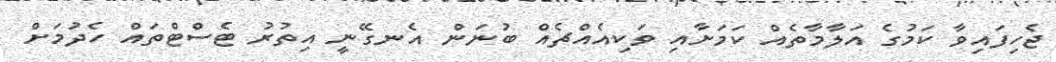
ޖެހިފައިވާ ކަމުގެ އަލާމާތެއް ކަމަށާއި ވަކިއެއްޗެއް ބުނަން އެނގޭނީ އިތުރު ޓެސްޓްތައް ހެދުމަށް